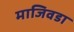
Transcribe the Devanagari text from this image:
माजिवडा